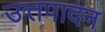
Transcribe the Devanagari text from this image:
उत्तपादन